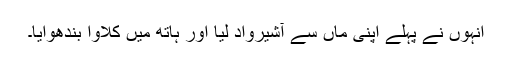
انہوں نے پہلے اپنی ماں سے آشیرواد لیا اور ہاتھ میں كلاوا بندھوايا۔